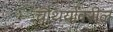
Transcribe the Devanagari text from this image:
चौथर्यावरील